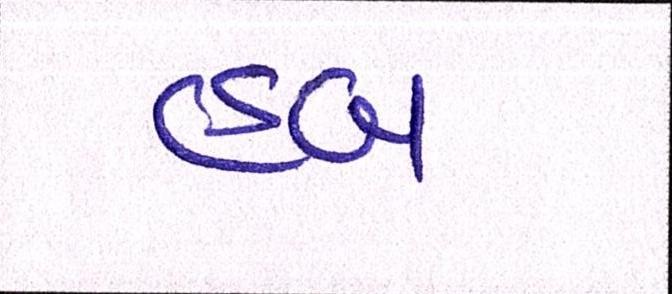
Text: હબ